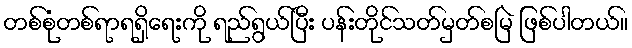
တစ်စုံတစ်ရာရရှိရေးကို ရည်ရွယ်ပြီး ပန်းတိုင်သတ်မှတ်စမြဲ ဖြစ်ပါတယ်။